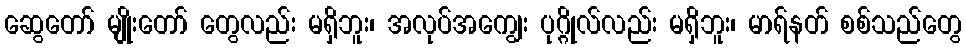
ဆွေတော် မျိုးတော် တွေလည်း မရှိဘူး၊ အလုပ်အကျွေး ပုဂ္ဂိုလ်လည်း မရှိဘူး၊ မာရ်နတ် စစ်သည်တွေ